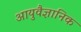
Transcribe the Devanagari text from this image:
आयुवैज्ञानिक